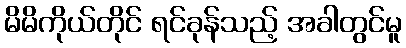
မိမိကိုယ်တိုင် ရင်ခုန်သည့် အခါတွင်မူ